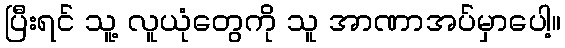
ပြီးရင် သူ့ လူယုံတွေကို သူ အာဏာအပ်မှာပေါ့။